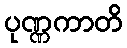
ပုဏ္ဏကာတိ